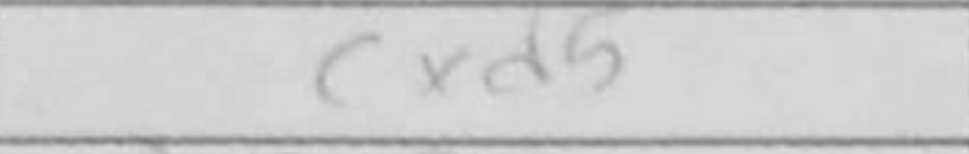
Transcription: cxd5